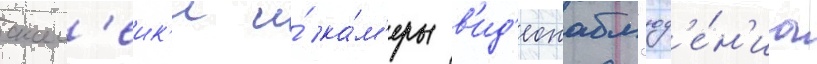
скам'еик'и и́ ка́м'еры в'ид'еонабл'юд'е́н'иа